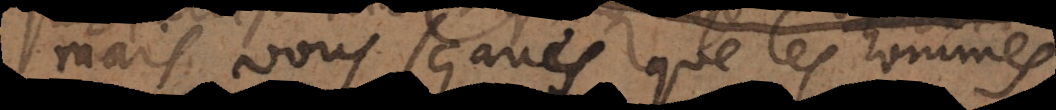
Mais vous sçavés que les hommes